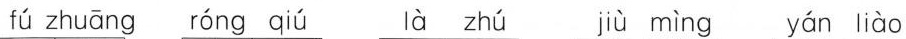
fú zhuāng róng qiú là zhú jiù mìng yán liào